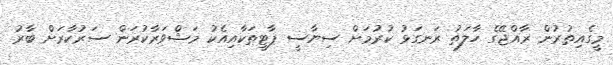
މީގެއިތުރުން ރާއްޖޭގެ ހާލަތު ރަނގަޅު ކުރުމަށް ސިޔާސީ ޕާޓީތަކާއިއެކު މަޝްވަރާކުރަން ސަރުކާރަށް ބާރު